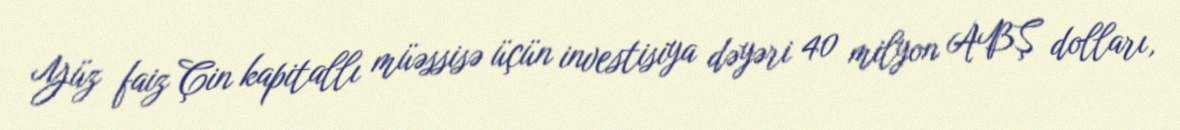
Yüz faiz Çin kapitallı müəssisə üçün investisiya dəyəri 40 milyon ABŞ dolları,